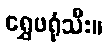
ရွှေဖရုံသီး။